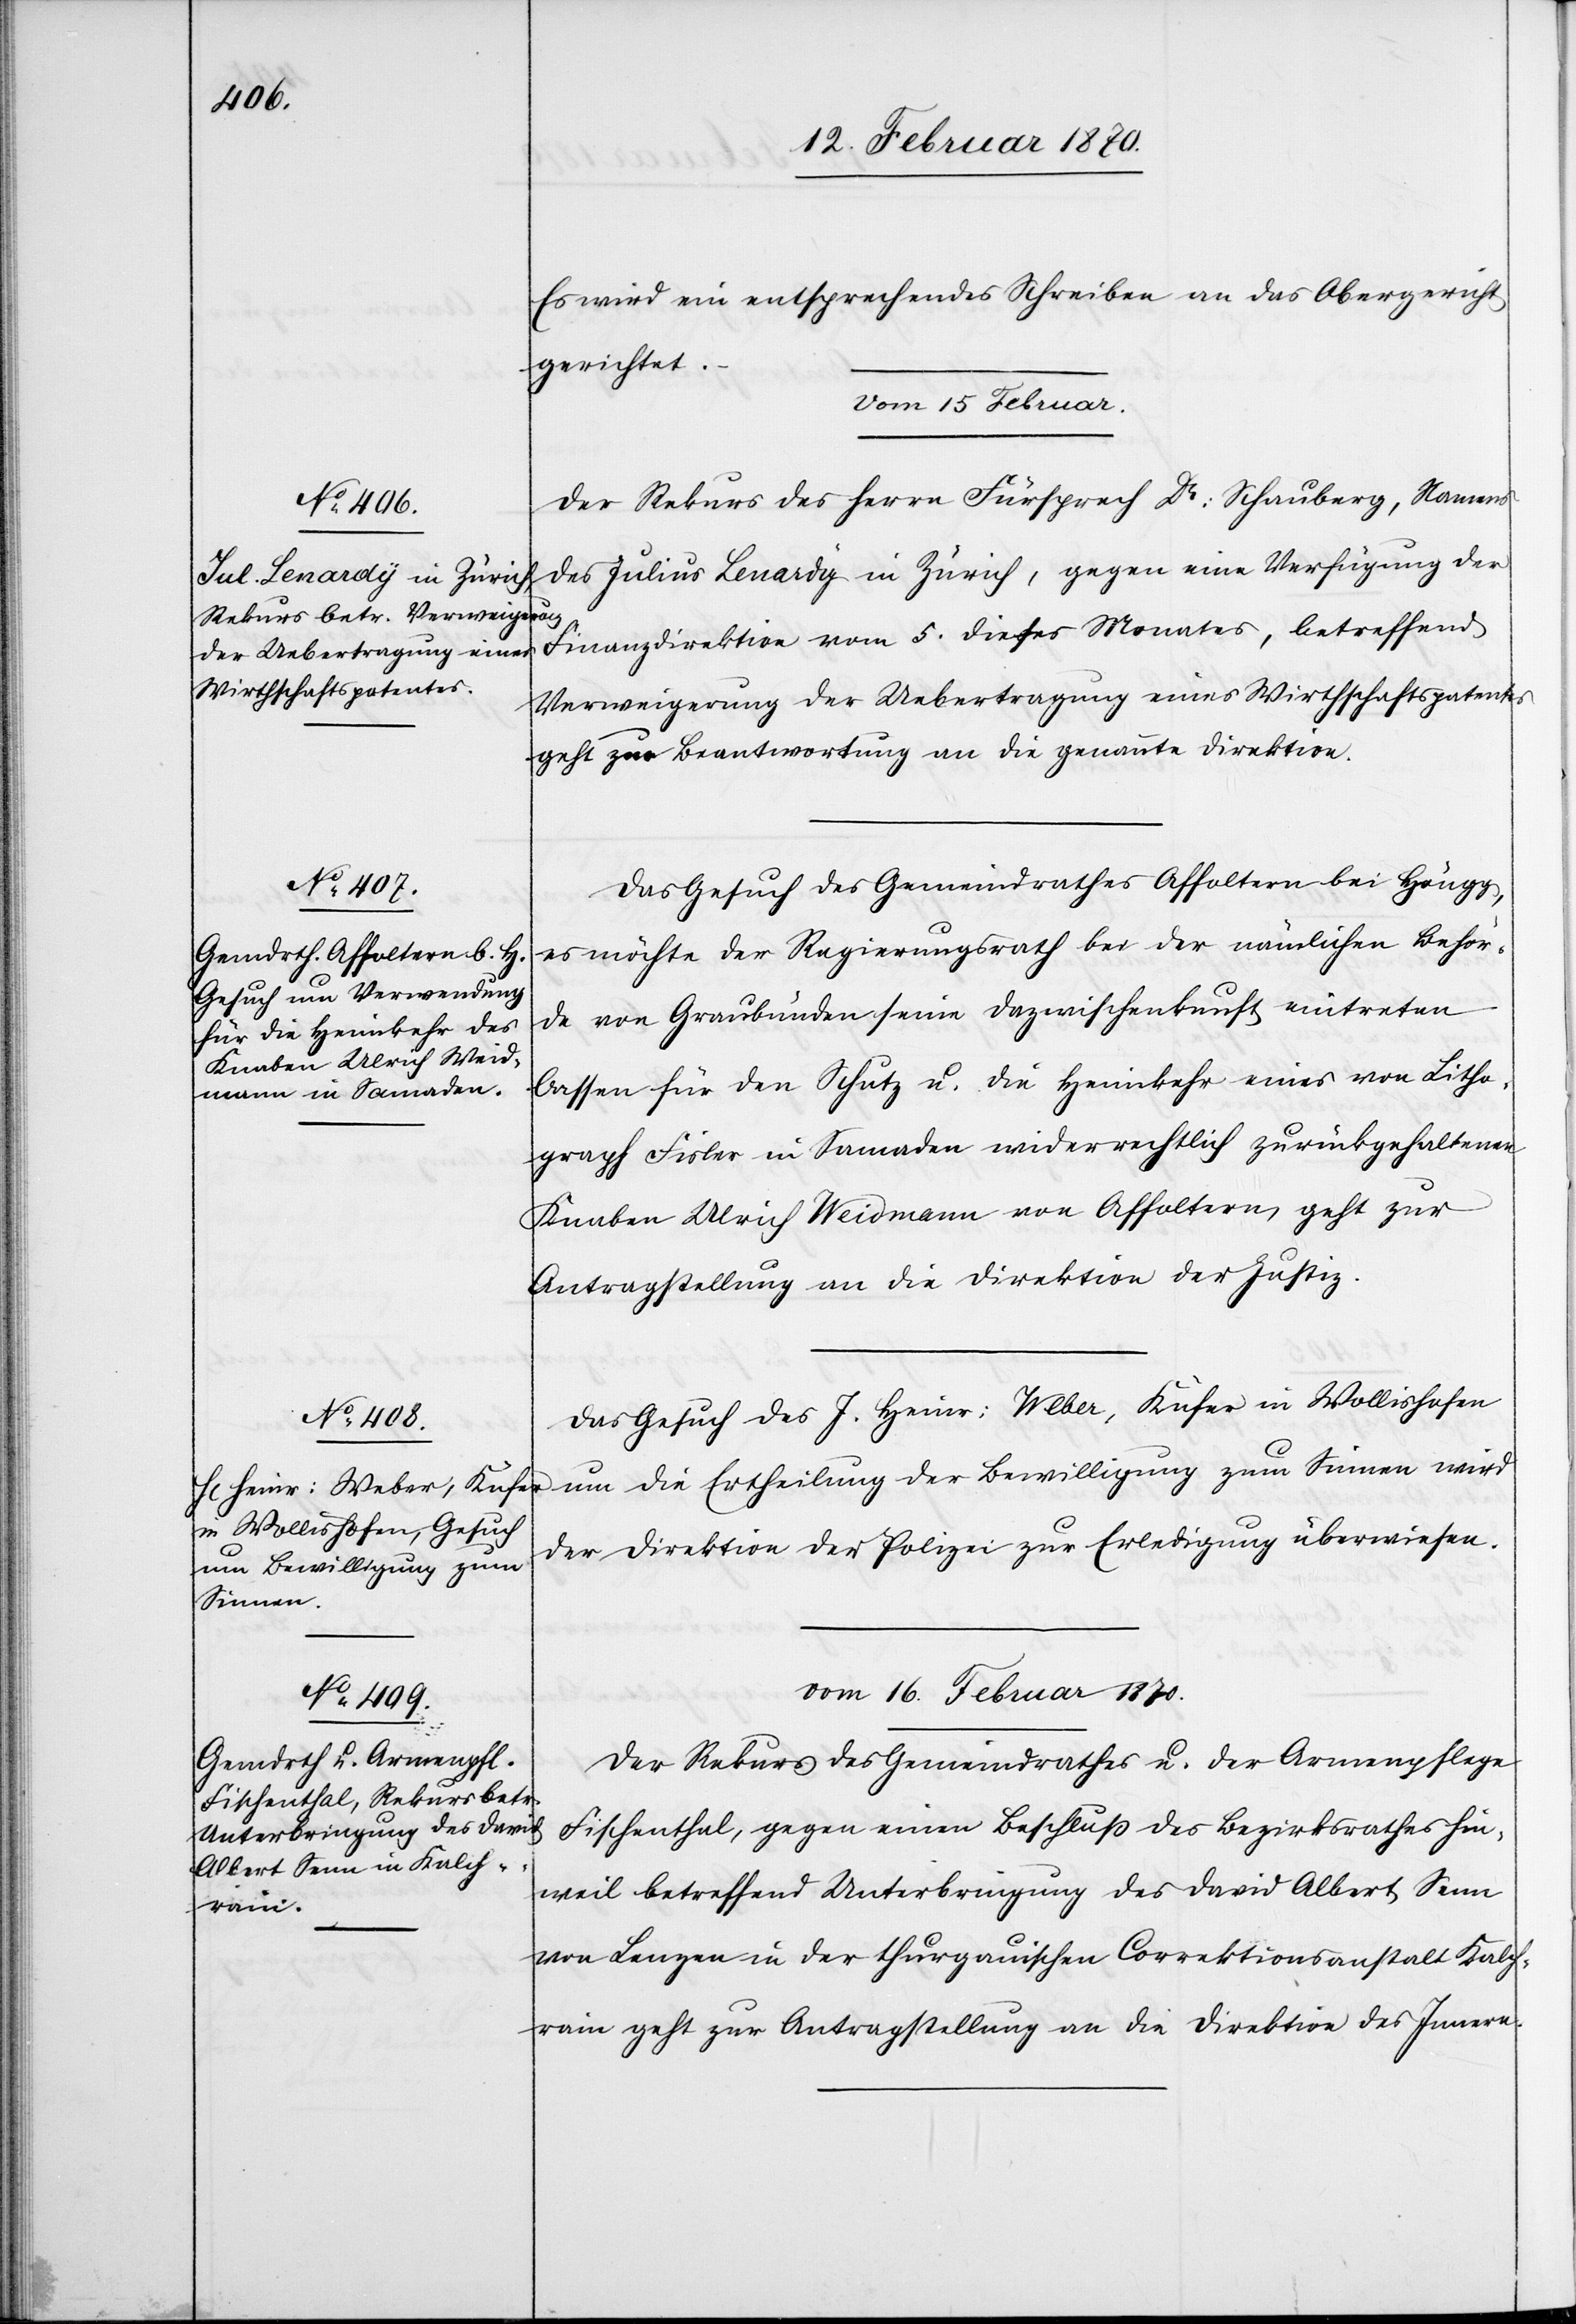
Es wird ein entsprechendes Schreiben an das Obergericht
gerichtet.
Vom 15 Februar.]
Der Rekurs des Herrn Fürsprech Dr: Schauberg, Namens
des Julius Lenardy in Zürich, gegen eine Verfügung der
Finanzdirektion vom 5. dieses Monates, betreffend
Verweigerung der Uebertragung eines Wirthschaftspatentes
geht zur Beantwortung an die genannte Direktion.
Das Gesuch des Gemeindrathes Affoltern bei Höngg,
es möchte der Regierungsrath bei der nämlichen Behör¬
de von Graubünden seine Dazwischenkunft eintreten
lassen für den Schutz u. die Heimkehr eines von Litho¬
graph Fisler in Samaden widerrechtlich zurückgehaltenen
Knaben Ulrich Weidmann von Affoltern, geht zur
Antragstellung an die Direktion der Justiz.
Das Gesuch des J. Heinr: Weber, Kufer in Wollishofen
um die Ertheilung der Bewilligung zum Sinnen wird
der Direktion der Polizei zur Erledigung überwiesen.
vom 16. Februar 1870.
Der Rekurs des Gemeindrathes u. der Armenpflege
Fischenthal, gegen einen Beschluss des Bezirksrathes Hin¬
weil betreffend Unterbringung des David Albert Senn
von Lenzen in der thurgauischen Correktionsanstalt Kalch¬
rain geht zur Antragstellung an die Direktion des Innern.